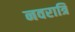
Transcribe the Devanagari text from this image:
नवरात्रि